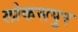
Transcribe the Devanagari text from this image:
लोकसपुर